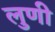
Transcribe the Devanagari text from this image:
लुणी